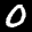
Label: 0